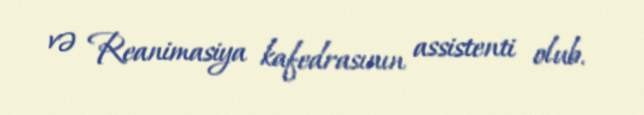
və Reanimasiya kafedrasının assistenti olub.